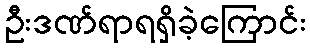
ဦးဒဏ်ရာရရှိခဲ့ကြောင်း